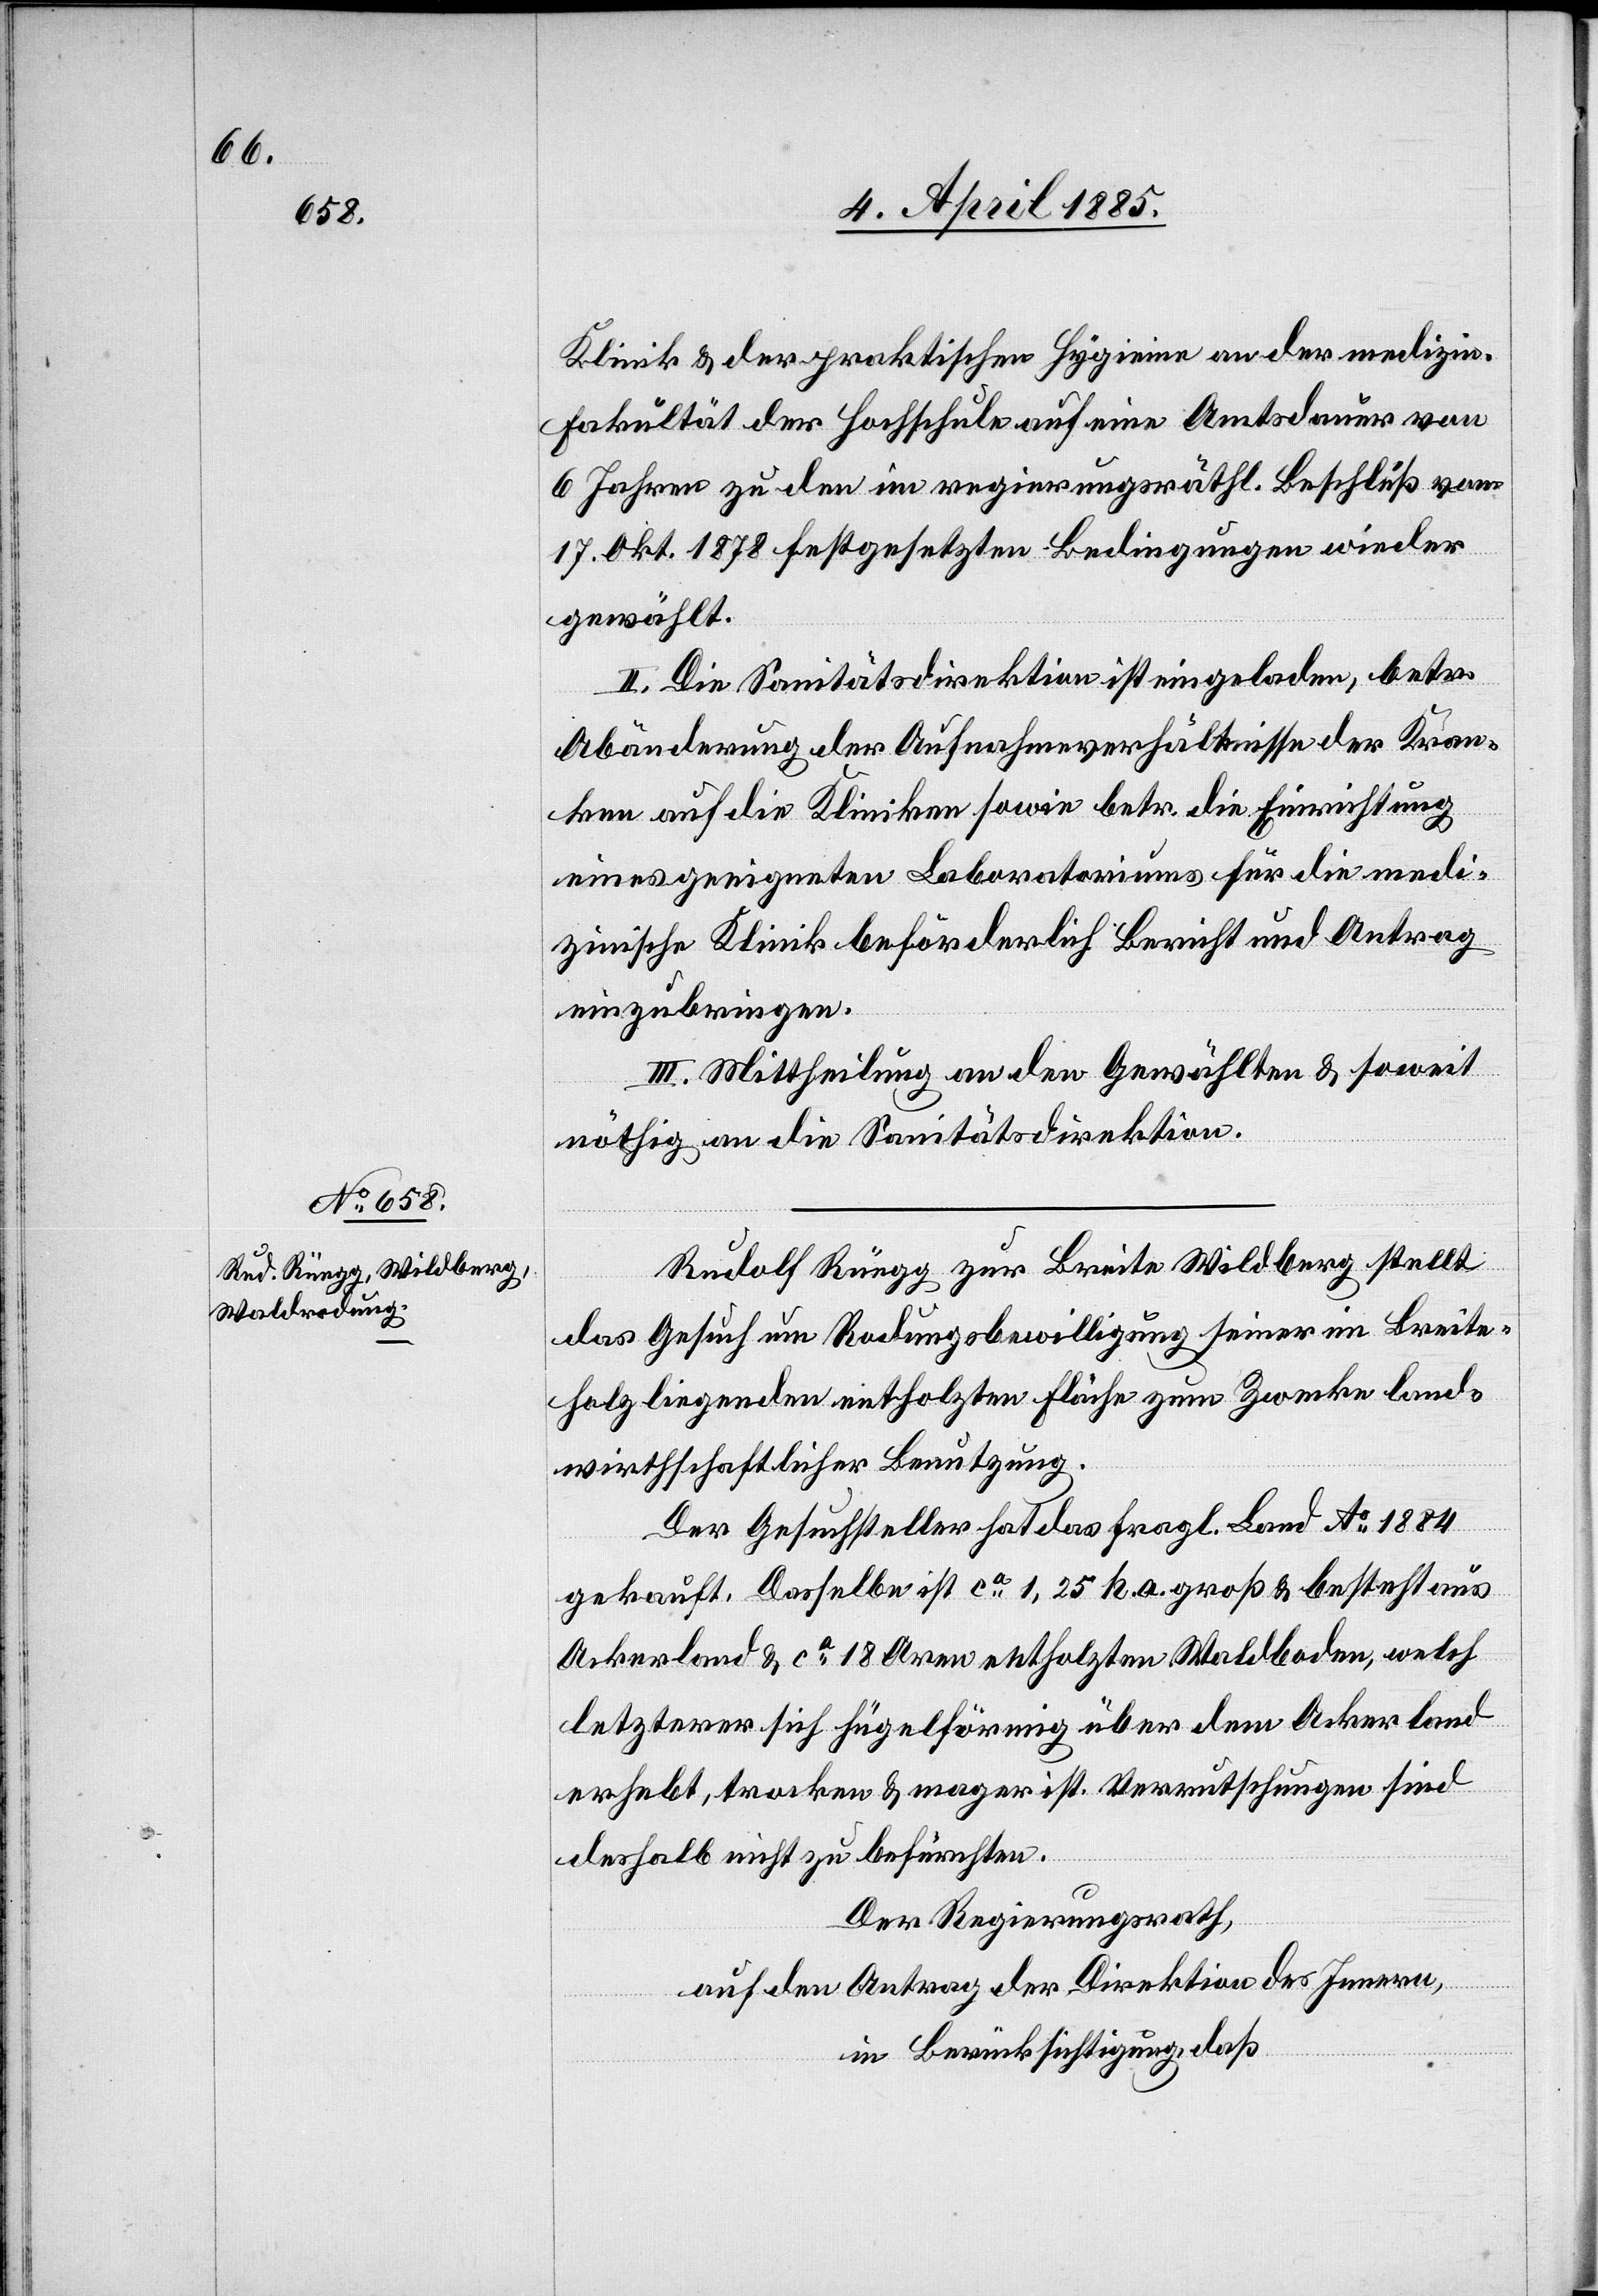
schen

Klinik & der praktischen Hygiene an der medizini¬
Fakultät der Hochschule auf eine Amtsdauer von
6 Jahren zu den im regierungsräthl. Beschluß vom
17. Okt. 1878 festgesetzten Bedingungen wieder
gewählt.
II. Die Sanitätsdirektion ist eingeladen, betr.
Abänderung der Aufnahmeverhältnisse der Kran¬
ken auf die Kliniken sowie betr. die Einrichtung
eines geeigneten Laboratoriums für die medi¬
zinische Klinik beförderlich Bericht und Antrag
einzubringen.
III. Mittheilung an den Gewählten & soweit
nöthig an die Sanitätsdirektion.
Rudolf Rüegg zur Breite Wildberg stellte
das Gesuch um Rodungsbewilligung seiner im Breite¬
holz liegenden entholzten Fläche zum Zwecke lan¬
wirthschaftlicher Benutzung.
Der Gesuchsteller hat das fragl. Land No 1884
gekauft. Dasselbe ist ca 1,25 h.a groß & besteht aus
Ackerland & ca 18 Aren entholzten Waldboden, welch
letzterer sich hügelförmig über dem Ackerland
erhebt, trocken & mager ist. Verrutschungen sind
deshalb nicht zu befürchten.
Der Regierungsrath,
auf den Antrag der Direktion des Innern,
in Berücksichtigung, daß